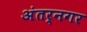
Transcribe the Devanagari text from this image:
अंतर्नगर